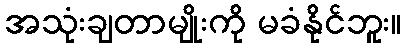
အသုံးချတာမျိုးကို မခံနိုင်ဘူး။